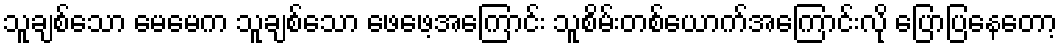
သူချစ်သော မေမေက သူချစ်သော ဖေဖေ့အကြောင်း သူစိမ်းတစ်ယောက်အကြောင်းလို ပြောပြနေတော့